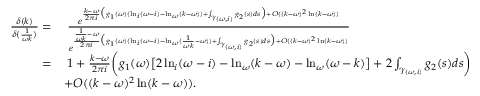
\begin{array} { r l } { \frac { \delta ( k ) } { \delta ( \frac { 1 } { \omega k } ) } = } & { \; \frac { e ^ { \frac { k - \omega } { 2 \pi i } \big ( g _ { 1 } ( \omega ) ( \ln _ { i } ( \omega - i ) - \ln _ { \omega } ( k - \omega ) ) + \int _ { \gamma _ { ( \omega , i ) } } g _ { 2 } ( s ) d s \big ) + O ( ( k - \omega ) ^ { 2 } \ln ( k - \omega ) ) } } { e ^ { \frac { \frac { 1 } { \omega k } - \omega } { 2 \pi i } \big ( g _ { 1 } ( \omega ) ( \ln _ { i } ( \omega - i ) - \ln _ { \omega } ( \frac { 1 } { \omega k } - \omega ) ) + \int _ { \gamma _ { ( \omega , i ) } } g _ { 2 } ( s ) d s \big ) + O ( ( k - \omega ) ^ { 2 } \ln ( k - \omega ) ) } } } \\ { = } & { \; 1 + \frac { k - \omega } { 2 \pi i } \bigg ( g _ { 1 } ( \omega ) \big [ 2 \ln _ { i } ( \omega - i ) - \ln _ { \omega } ( k - \omega ) - \ln _ { \omega } ( \omega - k ) \big ] + 2 \int _ { \gamma _ { ( \omega , i ) } } g _ { 2 } ( s ) d s \bigg ) } \\ & { + O ( ( k - \omega ) ^ { 2 } \ln ( k - \omega ) ) . } \end{array}